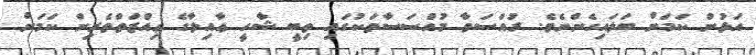
އަޅުން ކަމަށް ބަލައިގެންނެވެ. ރުއްސަވާ މުއްސަސާތަކުގައި ތިބީ ޝާހީ ޢާއިލާގެ ޢިއްޒަތްތެރިން ކަމަށް